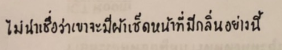
ไม่น่าเชื่อว่าเขาจะมีผ้าเช็ดหน้าที่มีกลิ่นอย่างนี้